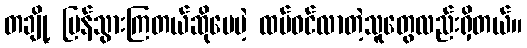
တချို့ ပြန်သွားကြတယ်ဆိုပေမဲ့ ထပ်ဝင်လာတဲ့သူတွေလည်းရှိတယ်။